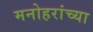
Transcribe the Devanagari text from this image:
मनोहरांच्या